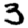
Digit: 3